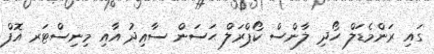
ގައި ރަންމެޑަލް ހޯދި ލާންސް ކޯޕްރަލް ޙަސަން ސާޢިދު އާއި މިނިސްޓަރ އޮފް